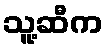
သူ့ဆီက